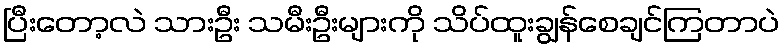
ပြီးတော့လဲ သားဦး သမီးဦးများကို သိပ်ထူးချွန်စေချင်ကြတာပဲ